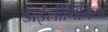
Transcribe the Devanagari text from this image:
डाईस्रीथिमिया